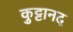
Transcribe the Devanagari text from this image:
कुट्टानद